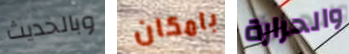
وبالحديث بامكان والحرارة